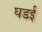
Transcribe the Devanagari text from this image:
घडई